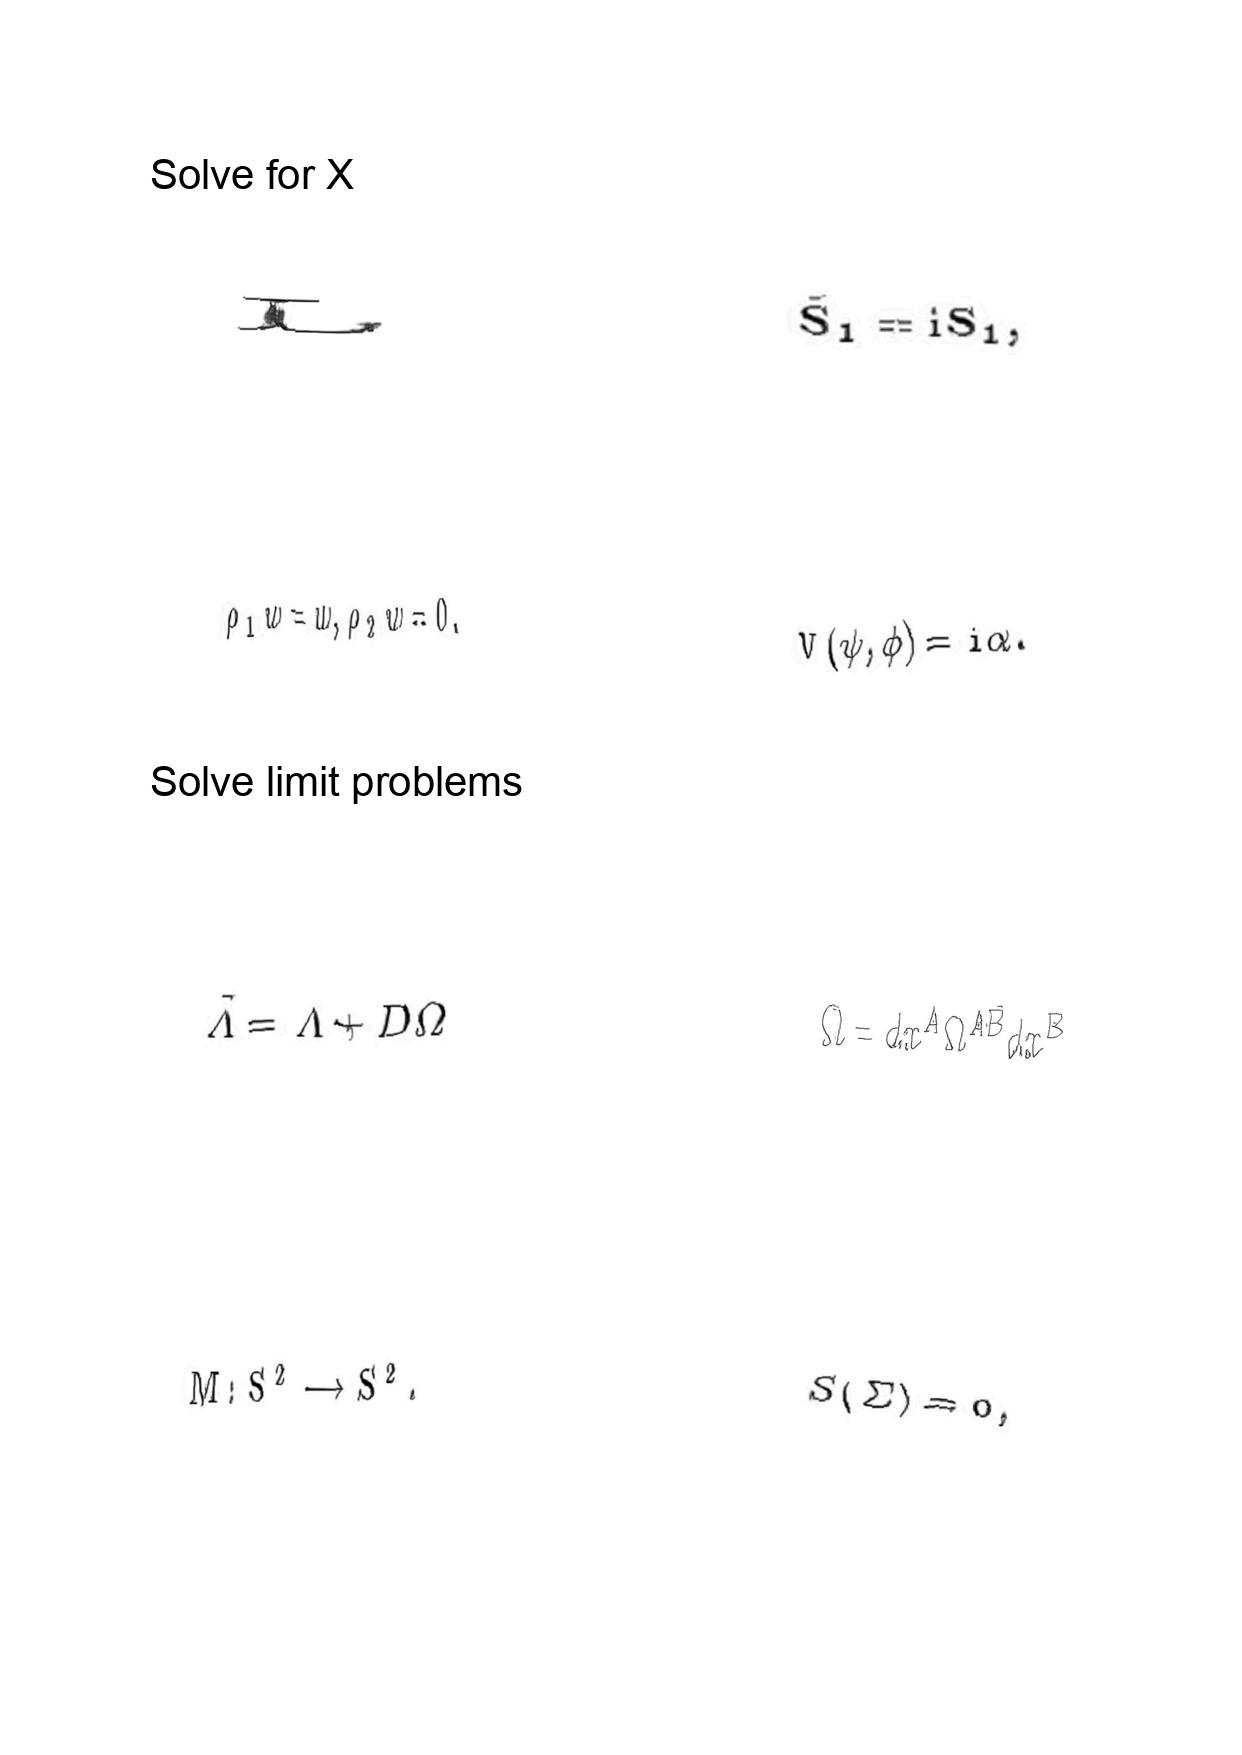
LaTeX transcription:
L
\rho _ { 1 } w = w , \rho _ { 2 } w = 0 .
\tilde { \Lambda } = \Lambda + D \Omega
M : S ^ { 2 } \longrightarrow S ^ { 2 } .
\tilde { S } _ { 1 } = \mathrm { i } S _ { 1 } ,
V \lparen \psi , \phi \rparen = i \alpha .
\Omega = d x ^ { A } \Omega ^ { A B } d x ^ { B }
S \lparen \Sigma \rparen = 0 ,